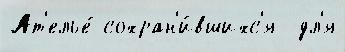
Ат'елье́ сохран'и́вшихс'я  дл'я